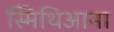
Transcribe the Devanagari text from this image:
स्मिथिआना